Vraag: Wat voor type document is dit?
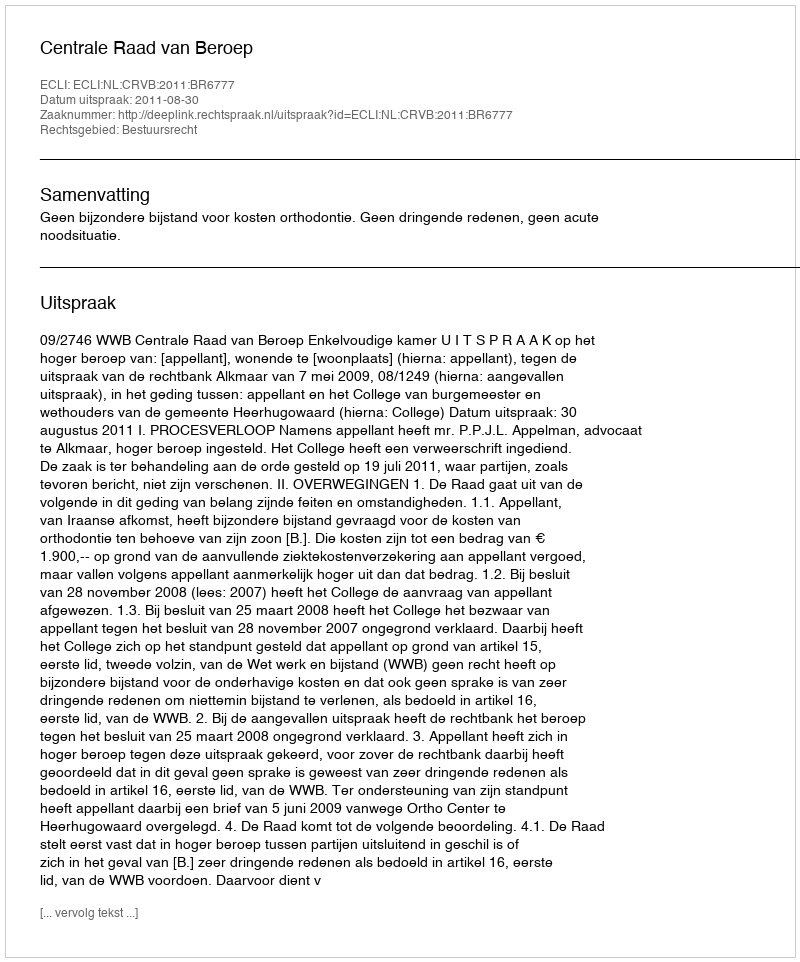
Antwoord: Uitspraak